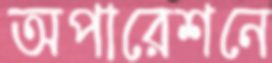
অপারেশনে